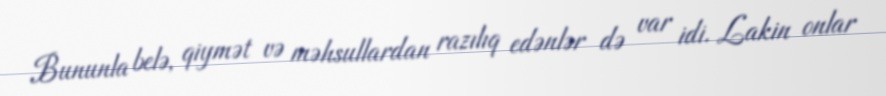
Bununla belə, qiymət və məhsullardan razılıq edənlər də var idi. Lakin onlar